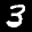
Label: 3